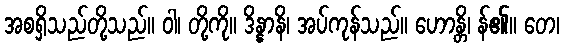
အစရှိသည်တို့သည်။ ဝါ၊ တို့ကို။ ဒိန္နာနိ၊ အပ်ကုန်သည်။ ဟောန္တိ၊ န်၏။ တေ၊